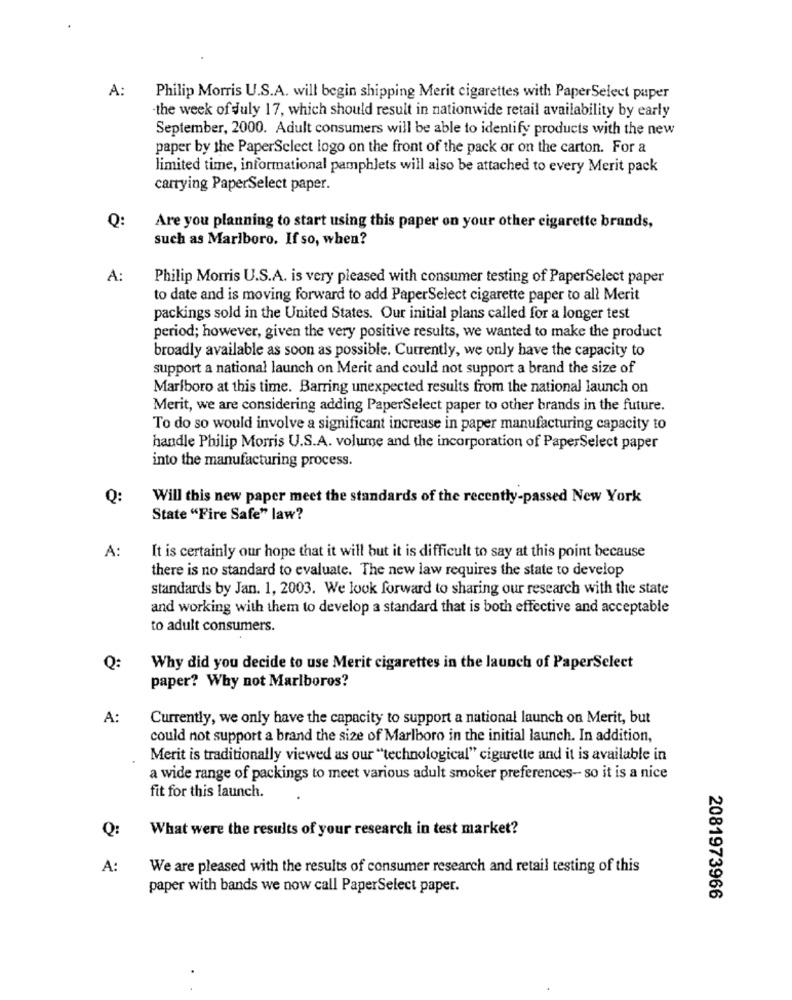
A:
Philip Morris U.S.A. will begin shipping Merit cigarettes with PaperSelect paper
the week of July 17, which should result in nationwide retail availability by early
September, 2000. Adult consumers will be able to identify products with the new
paper by the PaperSelect logo on the front of the pack or on the carton. For a
limited time, informational pamphlets will also be attached to every Merit pack
carrying PaperSelect paper.
Q:
Are you planning to start using this paper on your other cigarette brands,
such as Marlboro. If so, when?
A:
Philip Morris U.S.A. is very pleased with consumer testing of PaperSelect paper
to date and is moving forward to add PaperSelect cigarette paper to all Merit
packings sold in the United States. Our initial plans called for a longer test
period; however, given the very positive results, we wanted to make the product
broadly available as soon as possible. Currently, we only have the capacity to
support a national launch on Merit and could not support a brand the size of
Marlboro at this time. Barring unexpected results from the national launch on
Merit, we are considering adding PaperSelect paper to other brands in the future.
To do so would involve a significant increase in paper manufacturing capacity to
handle Philip Morris U.S.A. volume and the incorporation of PaperSelect paper
into the manufacturing process.
Q:
Will this new paper meet the standards of the recently-passed New York
State "Fire Safe" law?
A:
It is certainly our hope that it will but it is difficult to say at this point because
there is no standard to evaluate. The new law requires the state to develop
standards by Jan. 1, 2003. We look forward to sharing our research with the state
and working with them to develop a standard that is both effective and acceptable
to adult consumers.
Q:
Why did you decide to use Merit cigarettes in the launch of PaperSelect
paper? Why not Marlboros?
A:
Currently, we only have the capacity to support a national launch on Merit, but
could not support a brand the size of Marlboro in the initial launch. In addition,
Merit is traditionally viewed as our "technological" cigurette and it is available in
a wide range of packings to meet various adult smoker preferences- so it is a nice
fit for this launch.
Q:
What were the results of your research in test market?
A:
We are pleased with the results of consumer research and retail testing of this
paper with bands we now call PaperSelect paper.
2081973966